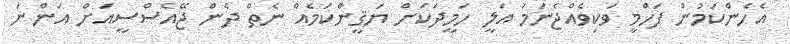
އެހެންކަމުން ފަހްމީ ވަކިވެއްޖެނަމަ އަލީ ހަމީދަކަށް ޔަޤީންކަމެއް ނެތް ދެން ޖޭއެސްސީއަށް އަންނަ